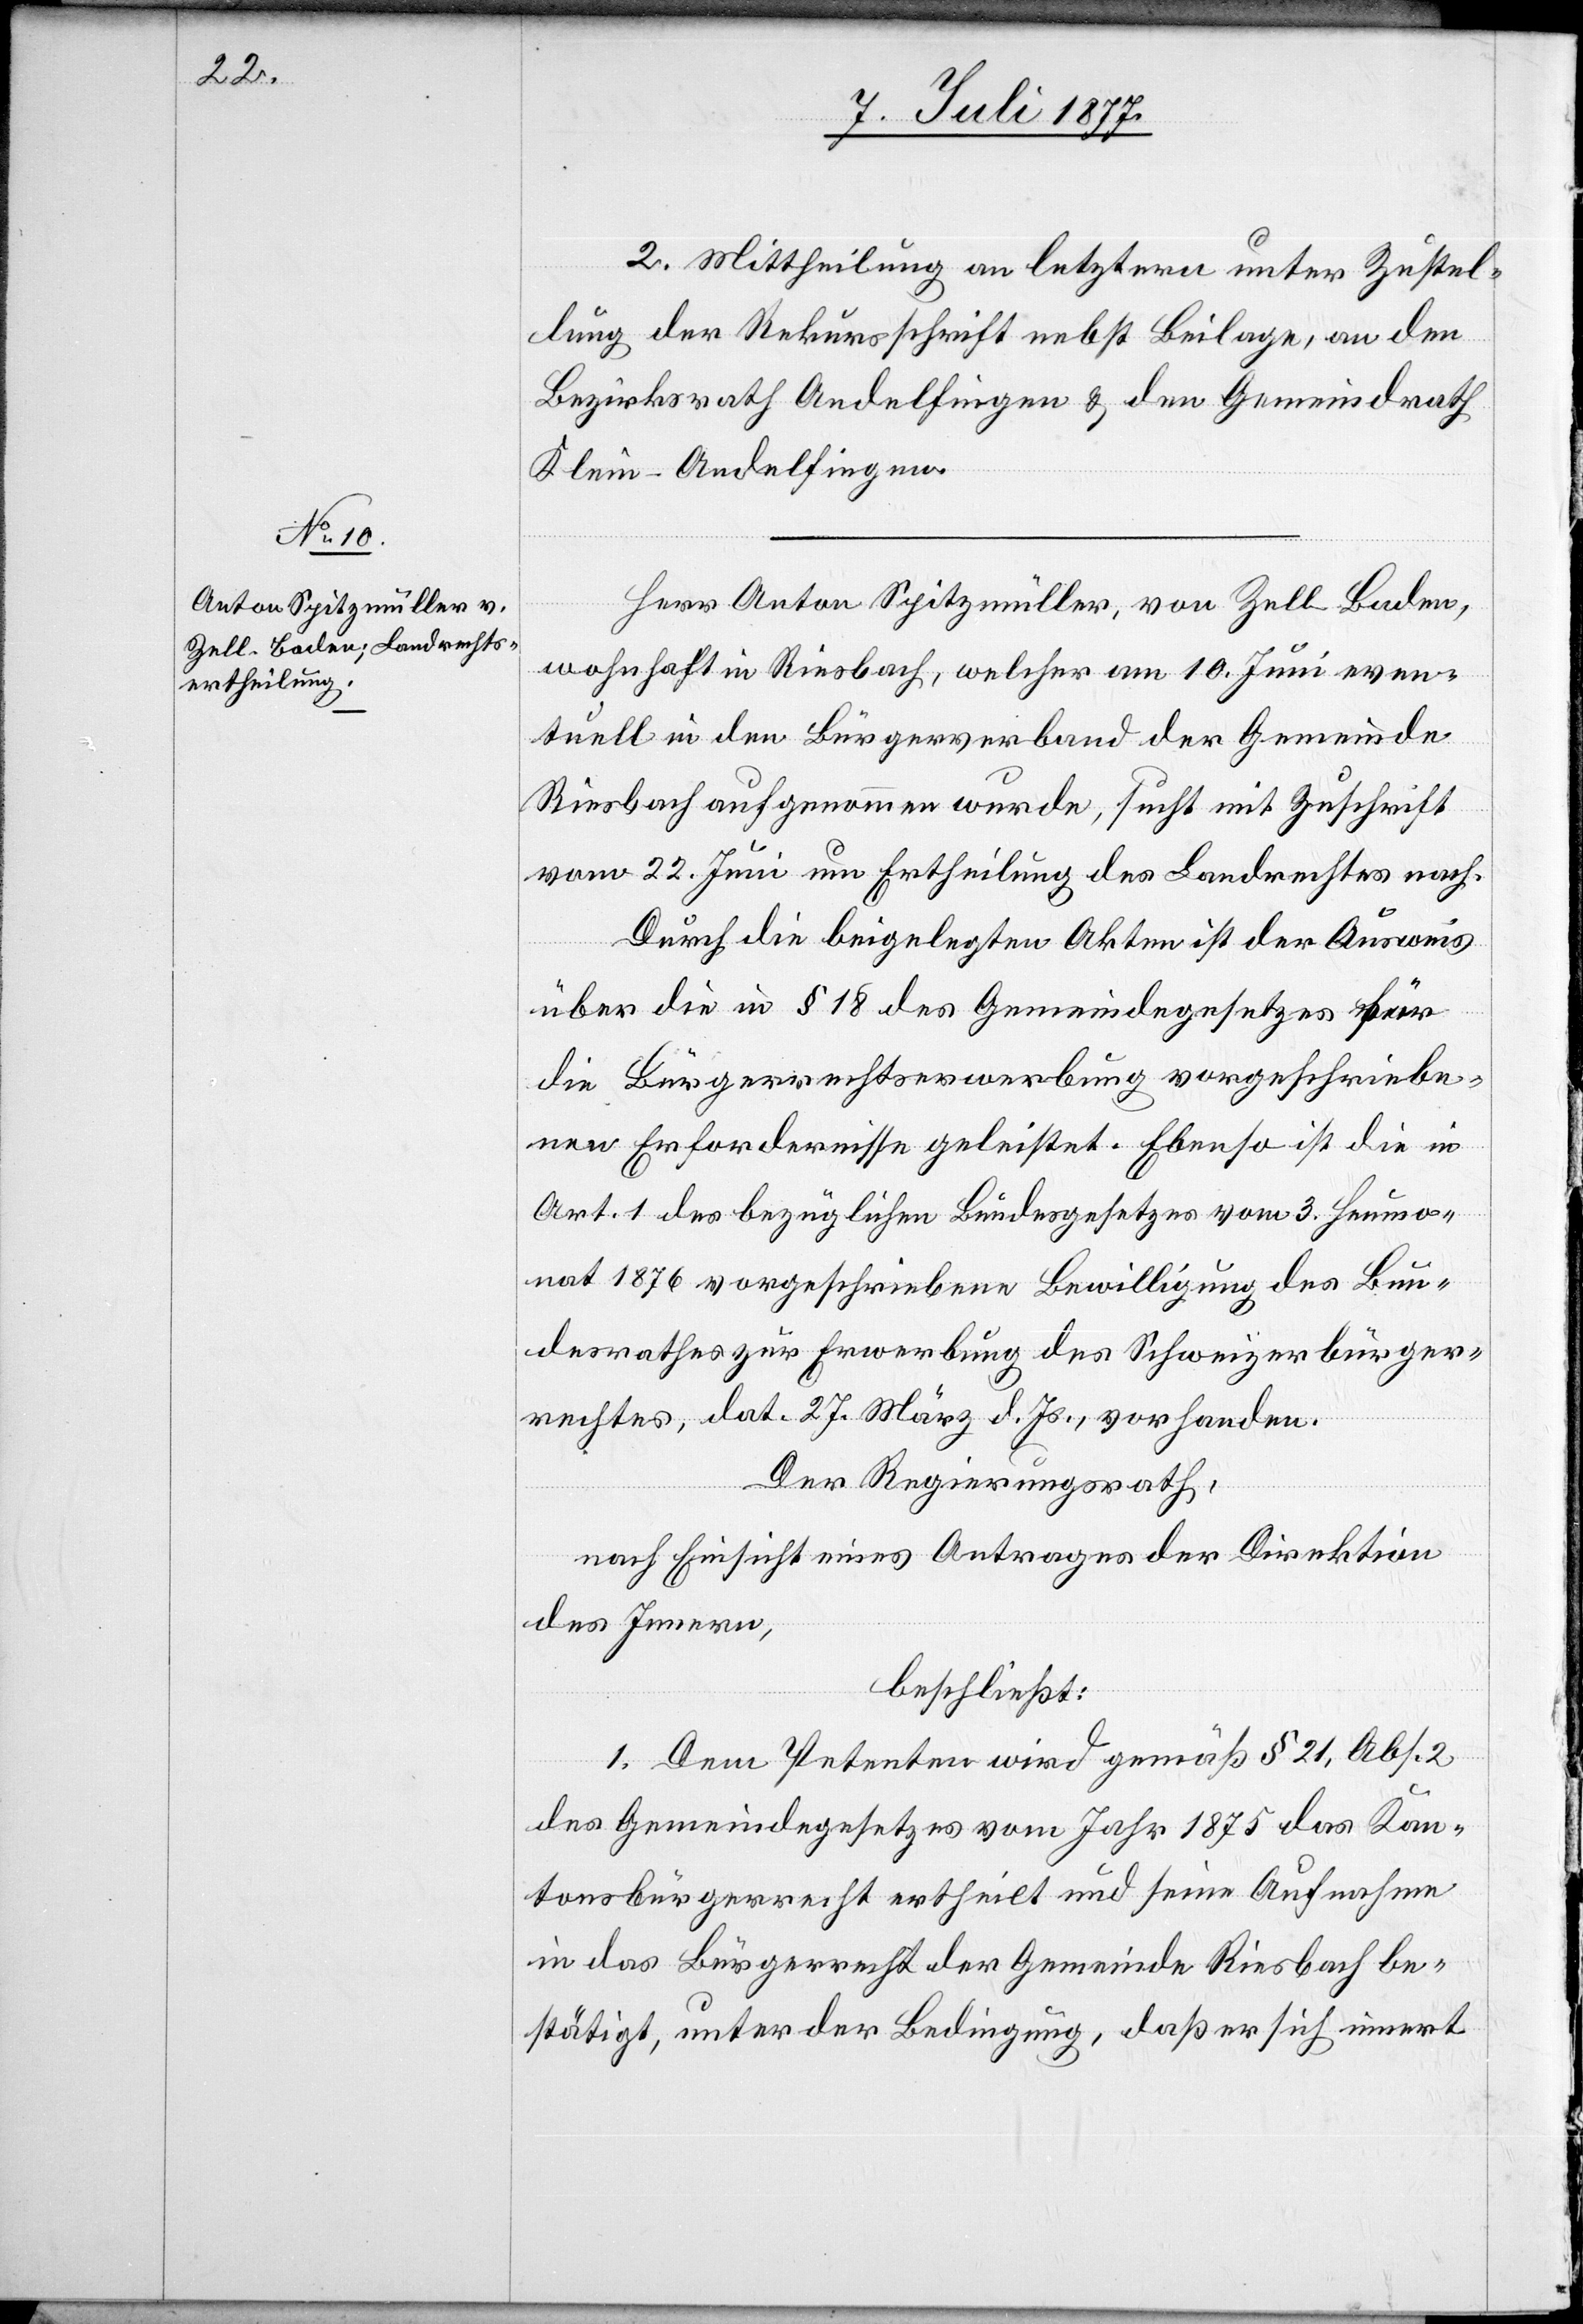
2. Mittheilung an letztern unter Zustel¬
lung der Rekursschrift nebst Beilage, an den
Bezirksrath Andelfingen & den Gemeindrath
Klein-Andelfingen.
Herr Anton Spitzmüller, von Zell - Baden,
wohnhaft in Riesbach, welcher am 10. Juni even¬
tuell in den Bürgerverband der Gemeinde
Riesbach aufgenommen wurde, sucht mit Zuschrift
vom 22. Juni um Ertheilung des Landrechtes nach.
Durch die beigelegten Akten ist der Ausweis
über die in § 18 des Gemeindegesetzes für
die Bürgerrechtserwerbung vorgeschriebe¬
nen Erfordernisse geleistet. Ebenso ist die in
Art. 1 des bezüglichen Bundesgesetzes vom 3. Heumo¬
nat 1876 vorgeschriebene Bewilligung des Bun¬
desrathes zur Erwerbung des Schweizerbürger¬
rechtes, dat. 27. März d. Js., vorhanden.
Der Regierungsrath,
nach Einsicht eines Antrages der Direktion
des Innern,
beschließt:
1. Dem Petenten wird gemäß § 21, Abs. 2
des Gemeindegesetzes vom Jahr 1875 das Kan¬
tonsbürgerrecht ertheilt und seine Aufnahme
in das Bürgerrecht der Gemeinde Riesbach be¬
stätigt, unter der Bedingung, daß er sich innert